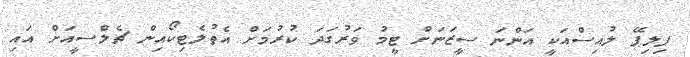
ފިލިޕޭ ލުއިސްއަކީ އަންނަ ސީޒަނަށް ޓީމު ވަރުގަދަ ކުރުމަށް އެތުލެޓިކޯއިން ޗެލްސީއަށް އައި